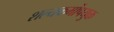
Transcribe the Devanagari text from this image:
शल्यकर्मोपयुक्त